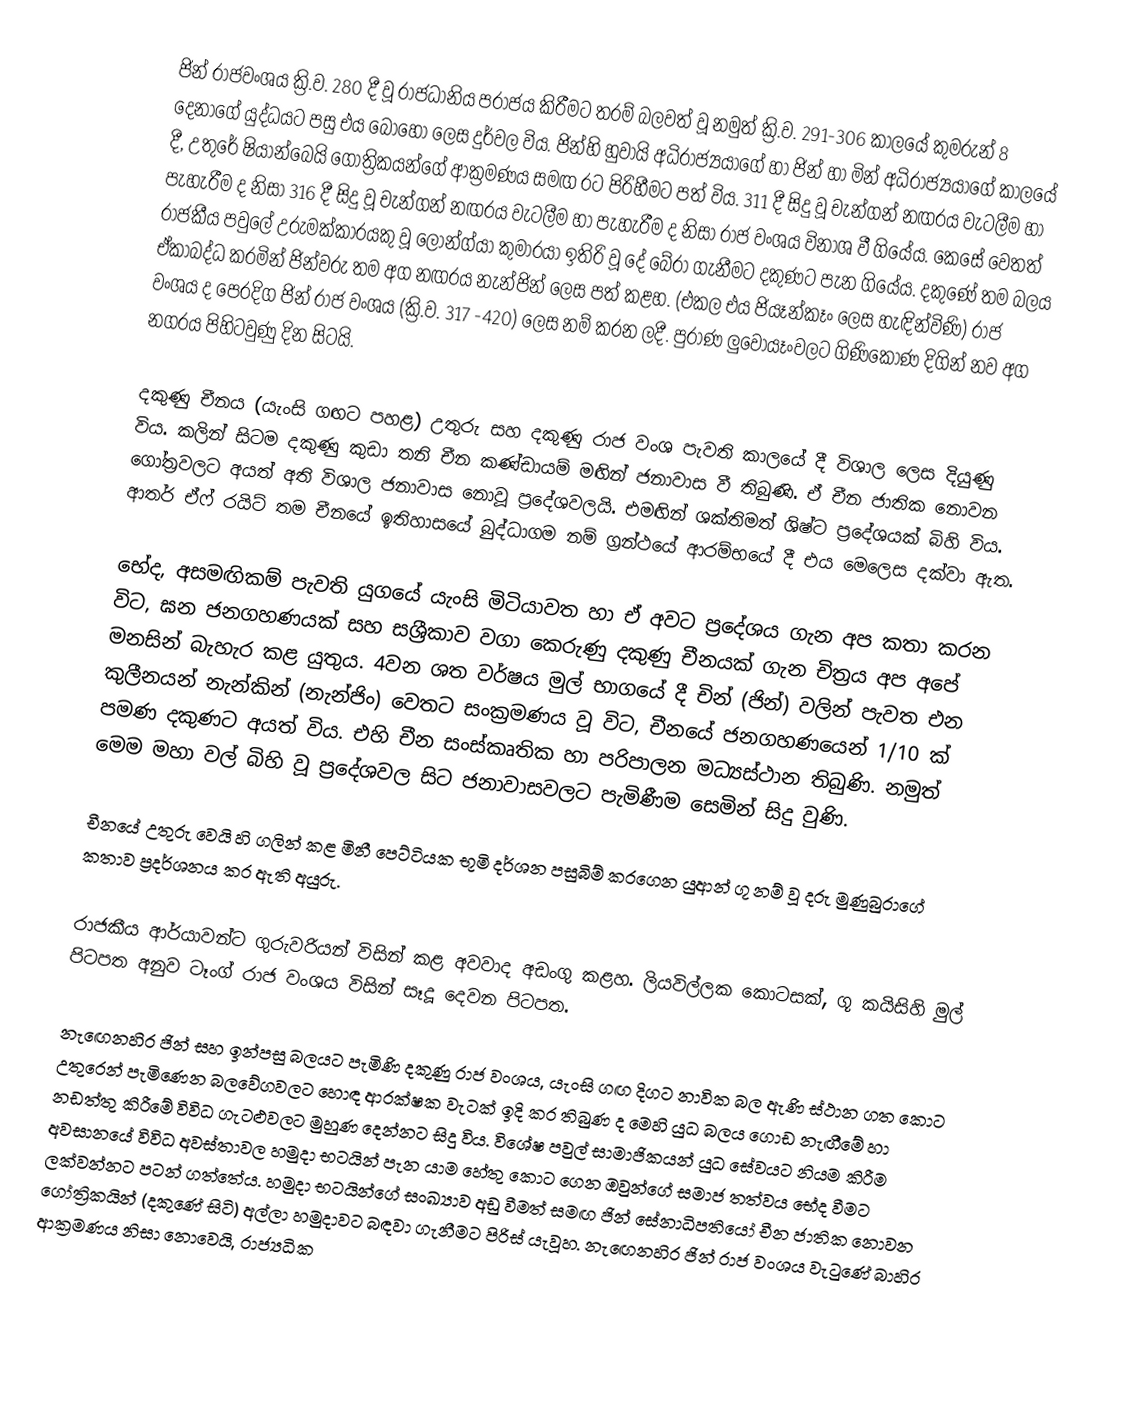
‍‍ජින් රාජවංශය ක්‍රි.ව. 280 දී වූ රාජධානිය පරාජය කිරීමට තරම් බලවත් වූ නමුත් ක්‍රි.ව. 291-306 කාලයේ කුමරුන් 8 දෙනාගේ යුද්ධයට පසු එය ‍බොහෝ ලෙස දුර්වල විය. ජින්හි හුවායි අධිරාජ්‍ය‍යාගේ හා ජින් හා මින් අධිරාජ්‍යයාගේ කාලයේ දී, උතුරේ ෂියාන්බෙයි ගෝත්‍රිකයන්ගේ ආක්‍රමණය සමඟ රට පිරිහීමට පත් විය. 311 දී සිදු වූ චැන්ගන් නඟරය වැටලීම හා පැහැරීම ද නිසා 316 දී සිදු වූ චැන්ගන් නඟරය වැටලීම හා පැහැරීම ද නිසා රාජ වංශය විනාශ වී ගියේය. කෙසේ වෙතත් රාජකීය පවුලේ උරුමක්කාර‍යකු වූ ලොන්ග්යා කුමාරයා ඉතිරි වූ දේ බේරා ගැනීමට දකුණට පැන ගියේය. දකුණේ තම බලය ඒකාබද්ධ කරමින් ජින්වරු තම අග නඟරය නැන්ජින් ලෙස පත් කළහ. (එකල එය ජියෑන්කෑං ලෙස හැඳින්විණි) රාජ වංශය ද පෙරදිග ජින් රාජ වංශය (ක්‍රි.ව. 317 -420) ලෙස නම් කරන ලදී. පුරාණ ලුවොයෑංවලට ගිණිකොණ දිගින් නව අග නගරය පිහිටවුණු දින සිටයි.

දකුණු චීනය (යැංසි ගඟට පහළ) උතුරු සහ දකුණු රාජ වංශ පැවති කාලයේ දී විශාල ලෙස දියුණු විය. කලින් සිටම දකුණු කුඩා තනි චීන කණ්ඩායම් මඟින් ජනාවාස වී තිබුණි. ඒ චීන ජාතික නොවන ගෝත්‍රවලට අයත් අති විශාල ජනාවාස නොවූ ප්‍රදේශවලයි. එමඟින් ශක්තිමත් ශිෂ්ට ප්‍රදේශයක් බිහි විය. ආතර් ඒෆ් රයිට් තම චීනයේ ඉතිහාසයේ බුද්ධාගම නම් ග්‍රන්ථයේ ආරම්භයේ දී එය මෙලෙස දක්වා ඇත.

භේද, අසමඟිකම් පැවති යුගයේ යැංසි මිටියාවත හා ඒ අවට ප්‍රදේශය ගැන අප කතා කරන විට, ඝන ජනගහණයක් සහ සශ්‍රීකාව වගා කෙරුණු දකුණු චීනයක් ගැන චිත්‍රය අප අපේ මනසින් බැහැර කළ යුතුය. 4වන ශත වර්ෂය මුල් භාග‍යේ දී චින් (ජින්) වලින් පැවත එන කුලීනයන් නැන්කින් (නැන්ජිං) වෙතට සංක්‍රමණය වූ විට, චීනයේ ජනගහණයෙන් 1/10 ක් පමණ දකුණට අයත් විය. එහි චීන සංස්කෘතික හා පරිපාලන මධ්‍යස්ථාන තිබුණි. නමුත් මෙම මහා වල් බිහි වූ ප්‍රදේශවල සිට ජනාවාසවලට පැමිණීම සෙමින් සිදු වුණි.

චීනයේ උතුරු වෙයි හි ගලින් කළ මිනී පෙට්ටියක භූමි දර්ශන පසුබිම් කරගෙන යුආන් ගූ නම් වූ දරු මුණුබුරාගේ කතාව ප්‍රදර්ශනය කර ඇති අයුරු‍.

රාජකීය ආර්යාවන්ට ගුරුවරියන් විසින් කළ අවවාද අඩංගු කළහ. ලියවිල්ලක කොටසක්, ගූ කයිසිහි මුල් පිටපත අනුව ටෑංග් රාජ වංශය විසින් සෑදූ දෙවන පිටපත.

නැ‍ඟෙනහිර ජින් සහ ඉන්පසු බලයට පැමිණි දකුණු රාජ වංශය, යැංසි ගඟ දිගට නාවික බල ඇණි ස්ථාන ‍ගත කොට උතුරෙන් පැමිණෙන බලවේගවලට හොඳ ආරක්ෂක වැටක් ඉදි කර තිබුණ ද මෙහි යුධ බලය ගොඩ නැඟීමේ හා නඩත්තු කිරීමේ විවිධ ගැටළුවලට මුහුණ දෙන්නට සිදු විය. විශේෂ පවුල් සාමාජිකයන් යුධ සේවයට නියම කිරීම අවසානයේ විවිධ අවස්තාවල හමුදා භටයින් පැන යාම හේතු කොට ගෙන ඔවුන්ගේ සමාජ තත්වය භේද වීමට ලක්වන්නට පටන් ගත්තේය. හමුදා භටයින්ගේ සංඛ්‍යාව අඩු වීමත් සමඟ ජින් සේනාධිපතියෝ චීන ජාතික නොවන ගෝත්‍රිකයින් (දකුණේ සිටි) අල්ලා හමුදාවට බඳවා ගැනීමට පිරිස් යැවූහ. නැඟෙනහිර ජින් රාජ වංශය වැටුණේ බාහිර ආක්‍රමණය නිසා නොවෙයි, රාජ්‍යධික